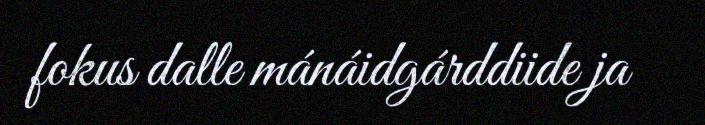
fokus dalle mánáidgárddiide ja